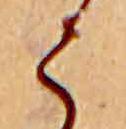
く